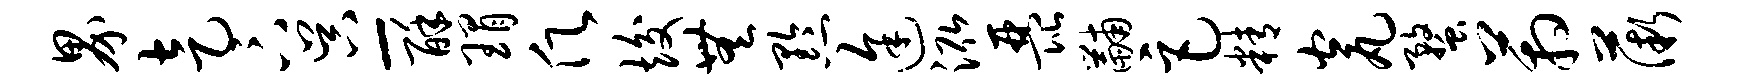
界走卞吴-酥瑁愿竣无黔途泓琵黼巨精瓮蝥箱薇